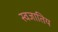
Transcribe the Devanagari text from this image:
स्वजातिय